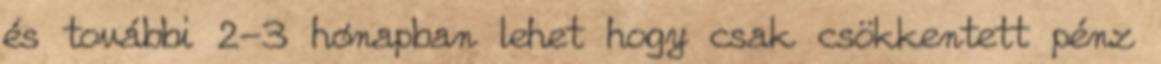
és további 2-3 hónapban lehet hogy csak csökkentett pénz